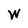
Character: W